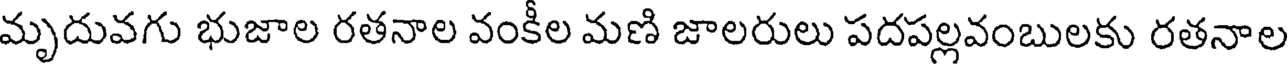
మృదువగు భుజాల రతనాల వంకీల మణి జాలరులు పదపల్లవంబులకు రతనాల